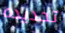
تحديده